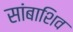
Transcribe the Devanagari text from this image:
सांबाशिव